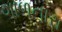
ગાળનારા